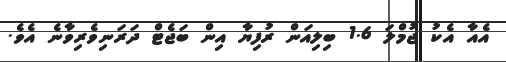
އެއާ އެކު ޖުމްލަ 1.6 ބިލިއަން ރުފިޔާ އިން ބަޖެޓް ދަރަނިވެރިވާނެ އެވެ.